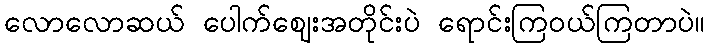
လောလောဆယ် ပေါက်ဈေးအတိုင်းပဲ ရောင်းကြဝယ်ကြတာပဲ။